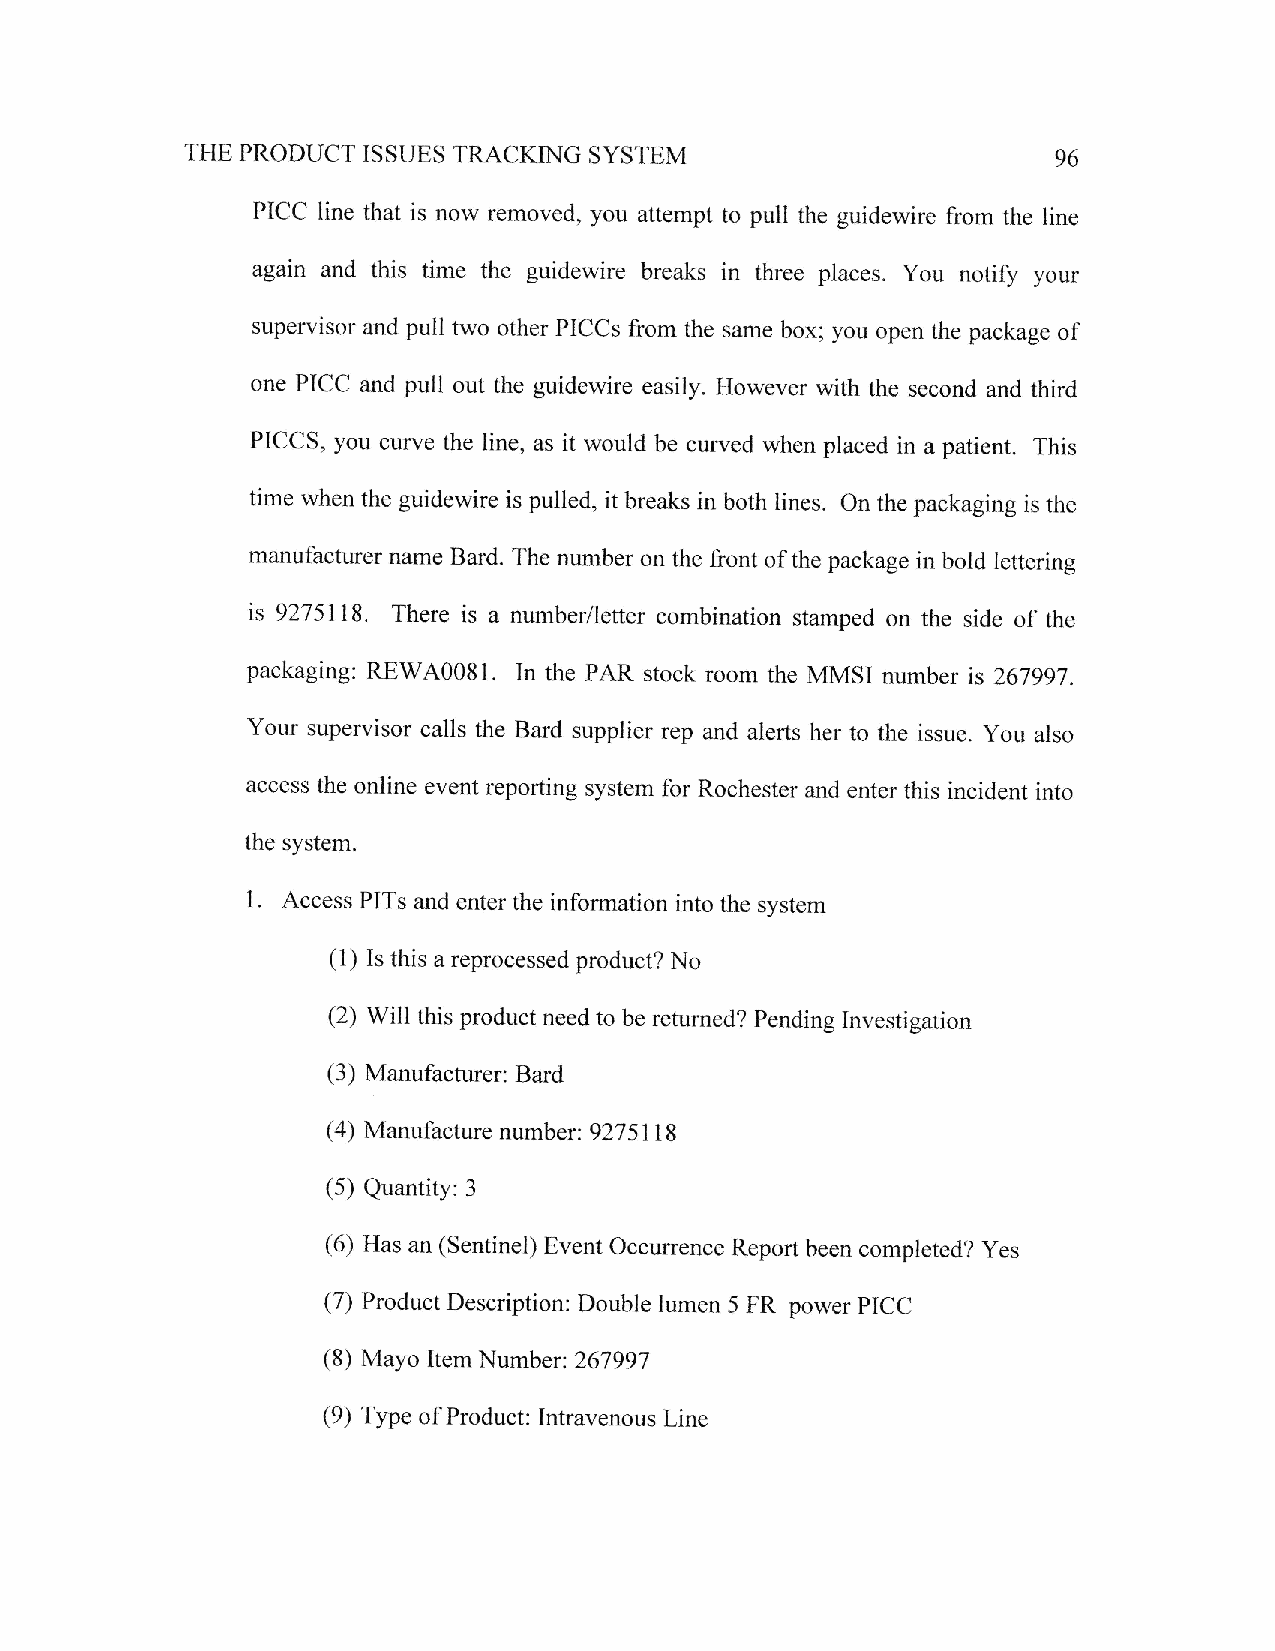
THE PRODUCT ISSUES TRACKING SYSTEM                        96
 PICC line that is now removed, you attempt to pull the guidewire from the line
 again and this time the guidewire breaks in three places. You notify your
 supervisor and pull two other PICCs from the same box; you open the package of
 one PICC and pull out the guidewire easily. However with the second and third
 PICCS, you curve the line, as it would be curved when placed in a patient. This
 time when the guidewire is pulled, it breaks in both lines. On the packaging is the
 manufacturer name Bard. The number on the front of the package in bold lettering
 is 92751 18. There is a number/letter combination stamped on the side of the
 packaging: REWA008I . In the PAR stock room the MMSI number is 267997
 .
 Your supervisor calls the Bard supplier rep and alerts her to the issue. You also
 access the online event reporting system for Rochester and enter this incident into
 the system.
 1.
 Access PITs and enter the information into the system
 (1) Is this a reprocessed product? No
 (2) Wiil this product need to be returned? Pending Investigation
 (3) Manufacturer: Bard
 (4) Manufacture number: g?T5llg
 (5)
 Quantity: 3
 (6) Has an (Sentinel) Event Occurrence Report been completed? Yes
 (7) Product Description: Double lumen 5 FR power PICC
 (8) Mayo Item Number:267997
 (9) Type of Product: Intravenous Line